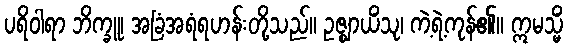
ပရိဝါရာ ဘိက္ခူ၊ အခြံအရံရဟန်းတို့သည်။ ဥဇ္ဈာယိံသု၊ ကဲ့ရဲ့ကုန်၏။ ဣမသ္မိံ